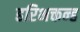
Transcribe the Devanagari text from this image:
हरिभक्तन्ह